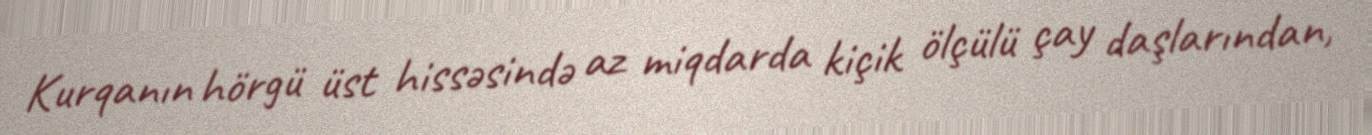
Kurqanın hörgü üst hissəsində az miqdarda kiçik ölçülü çay daşlarından,